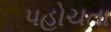
પહોચતા